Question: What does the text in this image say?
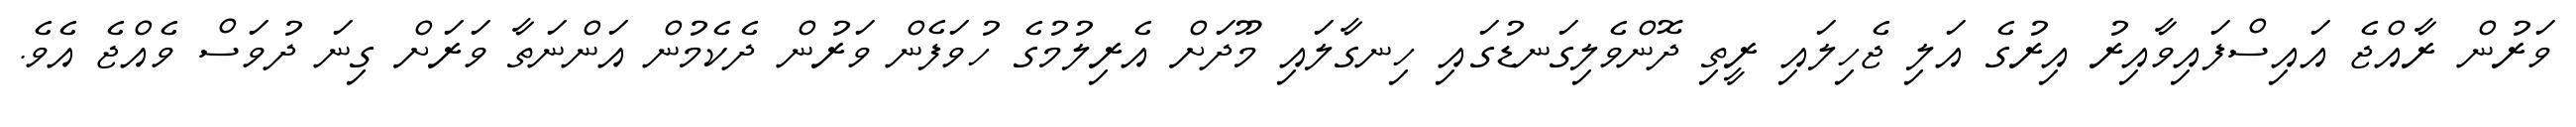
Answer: ވަރުން ރާއްޖެ އައިސްފައިވާއިރު އިރުގެ އަލި ޖެހިލައި ރީތި ދޮންވެލިގަނޑުގައި ހިނގާލައި މޫދަށް އެރިލުމުގެ ހުވަފެން ވަރުން ދެކެމުން އަންނަތާ ވަރަށް ގިނަ ދުވަސް ވެއްޖެ އެވެ.